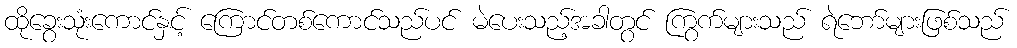
ထိုခွေးသုံးကောင်နှင့် ကြောင်တစ်ကောင်သည်ပင် မဲပေးသည့်အခါတွင် ကြွက်များသည် ရဲဘော်များဖြစ်သည်